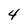
Character: 4